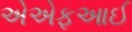
એએફઆઈ